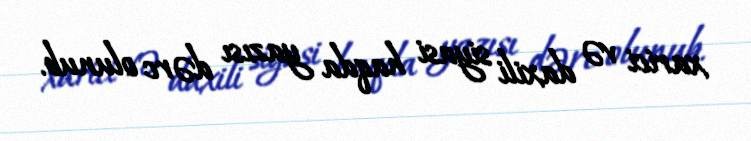
xarici və daxili siyasi haqda yazısı dərc olunub.